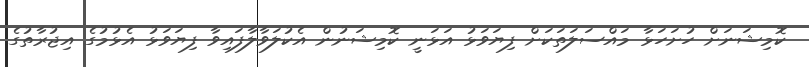
ކޮމިޝަނަށް ހުށަހަޅާ މައްސަލަތަކަށް ފިޔަވަޅު އަޅަނީ ކޮމިޝަނުން އެކުލަވާލާފައިވާ ފިޔަވަޅު އެޅުމުގެ އިޖުރާތުގެ